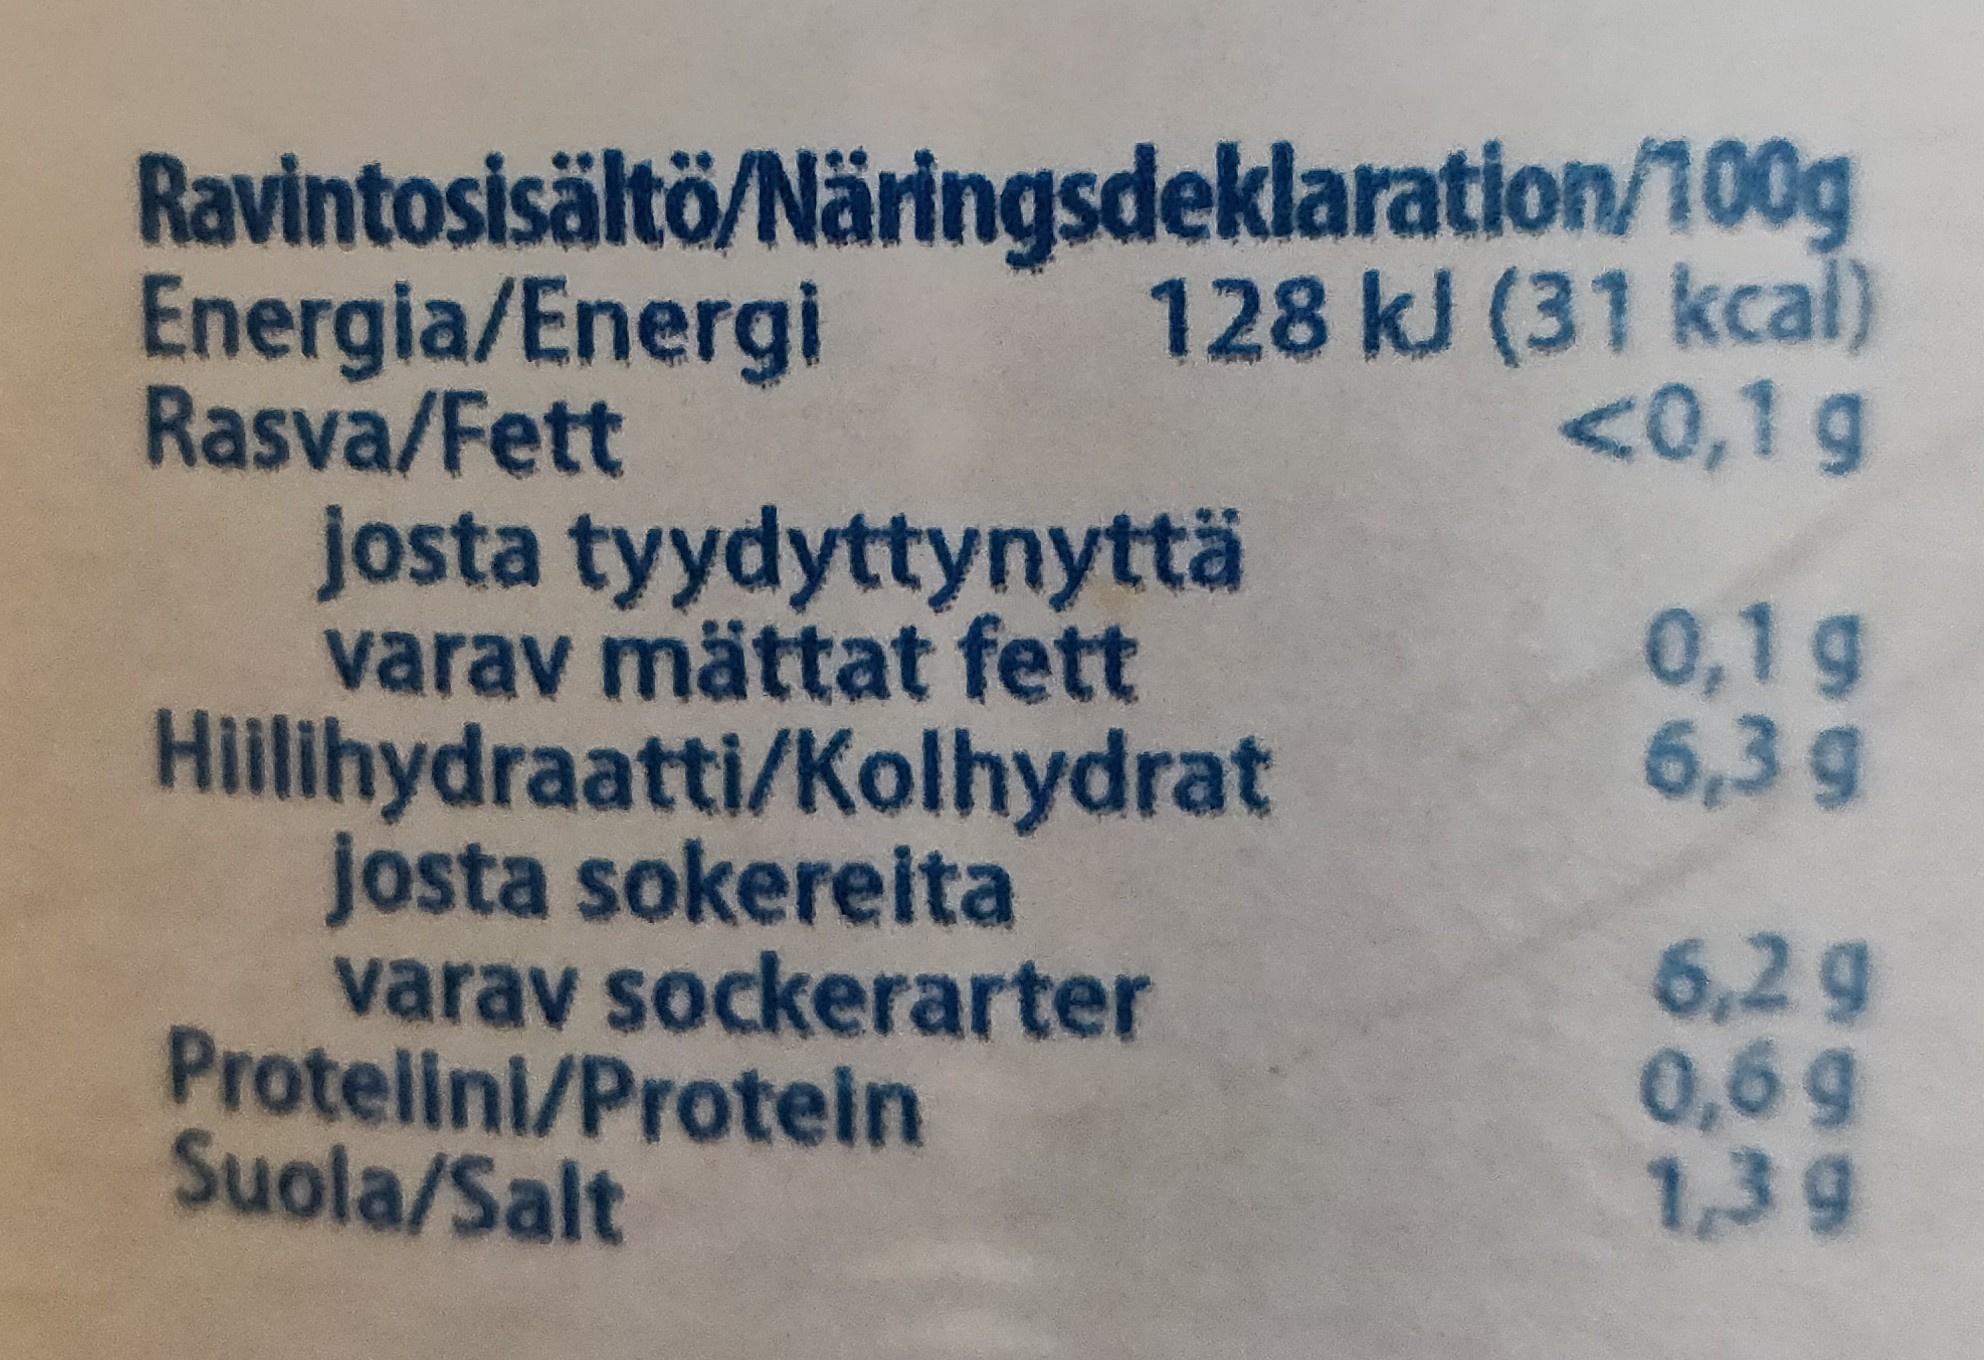
Ravintosisältö/Näringsdeklaration/100g Energia/Energi Rasva/Fett josta tyydyttynyttä varav mättat fett Hillihydraatti/Kolhydrat josta sokereita varav sockerarter Protelini/Protein Suola/Salt
128 kJ (31 kcal) <0,1 g
0,1 g 6,3 g
6,2 g 0,6 g 1,3g